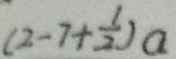
( 2 - 7 + \frac { 1 } { 2 } ) a